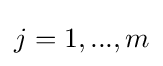
j=1,...,m